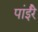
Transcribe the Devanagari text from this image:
पांईंरे